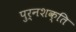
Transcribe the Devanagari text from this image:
पुर्नशक्ति